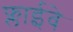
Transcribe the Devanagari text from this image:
फ्लाईवे